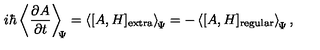
i \hbar \left\langle \frac { \partial A } { \partial t } \right\rangle _ { \scriptstyle \! \! \Psi } = \left\langle [ A , H ] _ { \mathrm { e x t r a } } \right\rangle _ { \scriptstyle \! \Psi } = - \left\langle [ A , H ] _ { \mathrm { r e g u l a r } } \right\rangle _ { \scriptstyle \! \Psi } ,